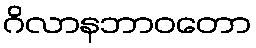
ဂိလာနဘာဝတော